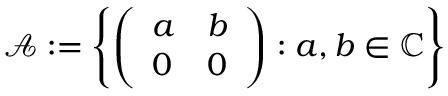
{ \mathcal { A } } : = \left\{ { \left( \begin{array} { l l } { a } & { b } \\ { 0 } & { 0 } \end{array} \right) } : a , b \in \mathbb { C } \right\}